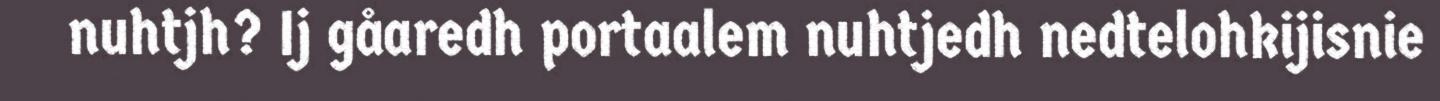
nuhtjh? Ij gåaredh portaalem nuhtjedh nedtelohkijisnie